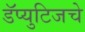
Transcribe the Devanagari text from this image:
डॅप्युटिजचे